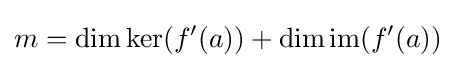
m=\dim \ker(f'(a))+\dim \operatorname {im} (f'(a))